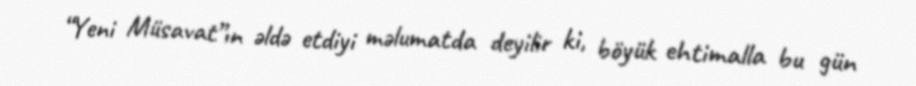
“Yeni Müsavat”ın əldə etdiyi məlumatda deyilir ki, böyük ehtimalla bu gün